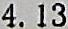
4.13